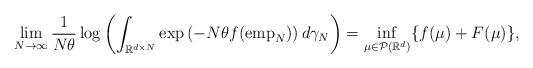
LaTeX: \begin{align*} \lim_{N \to \infty} \frac{1}{N \theta} \log \left( \int_{\mathbb{R}^{d \times N}} \exp \left( - N \theta f ({\rm emp}_{N}) \right) d \gamma_{N} \right) = \inf_{\mu \in \mathcal{P}(\mathbb{R}^{d})} \{ f(\mu) + F(\mu) \},\end{align*}